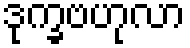
ဒုက္ခဗဟုလာ